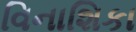
વિનાશિકા